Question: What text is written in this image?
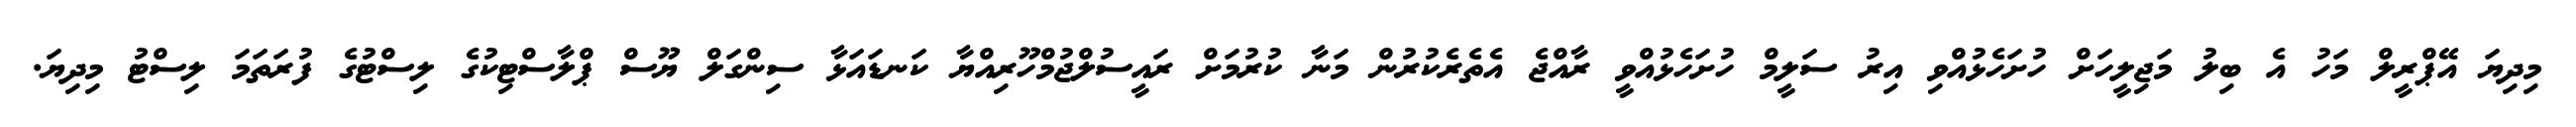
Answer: މިދިޔަ އޭޕްރީލް މަހު އެ ބިލު މަޖިލީހަށް ހުށަހެޅުއްވި އިރު ސަލީމް ހުށަހެޅުއްވީ ރާއްޖެ އެތެރެކުރުން މަނާ ކުރުމަށް ރައީސުލްޖުމްހޫރިއްޔާ ކަނޑައަޅާ ސިންގަލް ޔޫސް ޕްލާސްޓިކުގެ ލިސްޓުގެ ފުރަތަމަ ލިސްޓު މިދިޔަ.